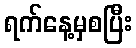
ရက်နေ့မှစပြီး